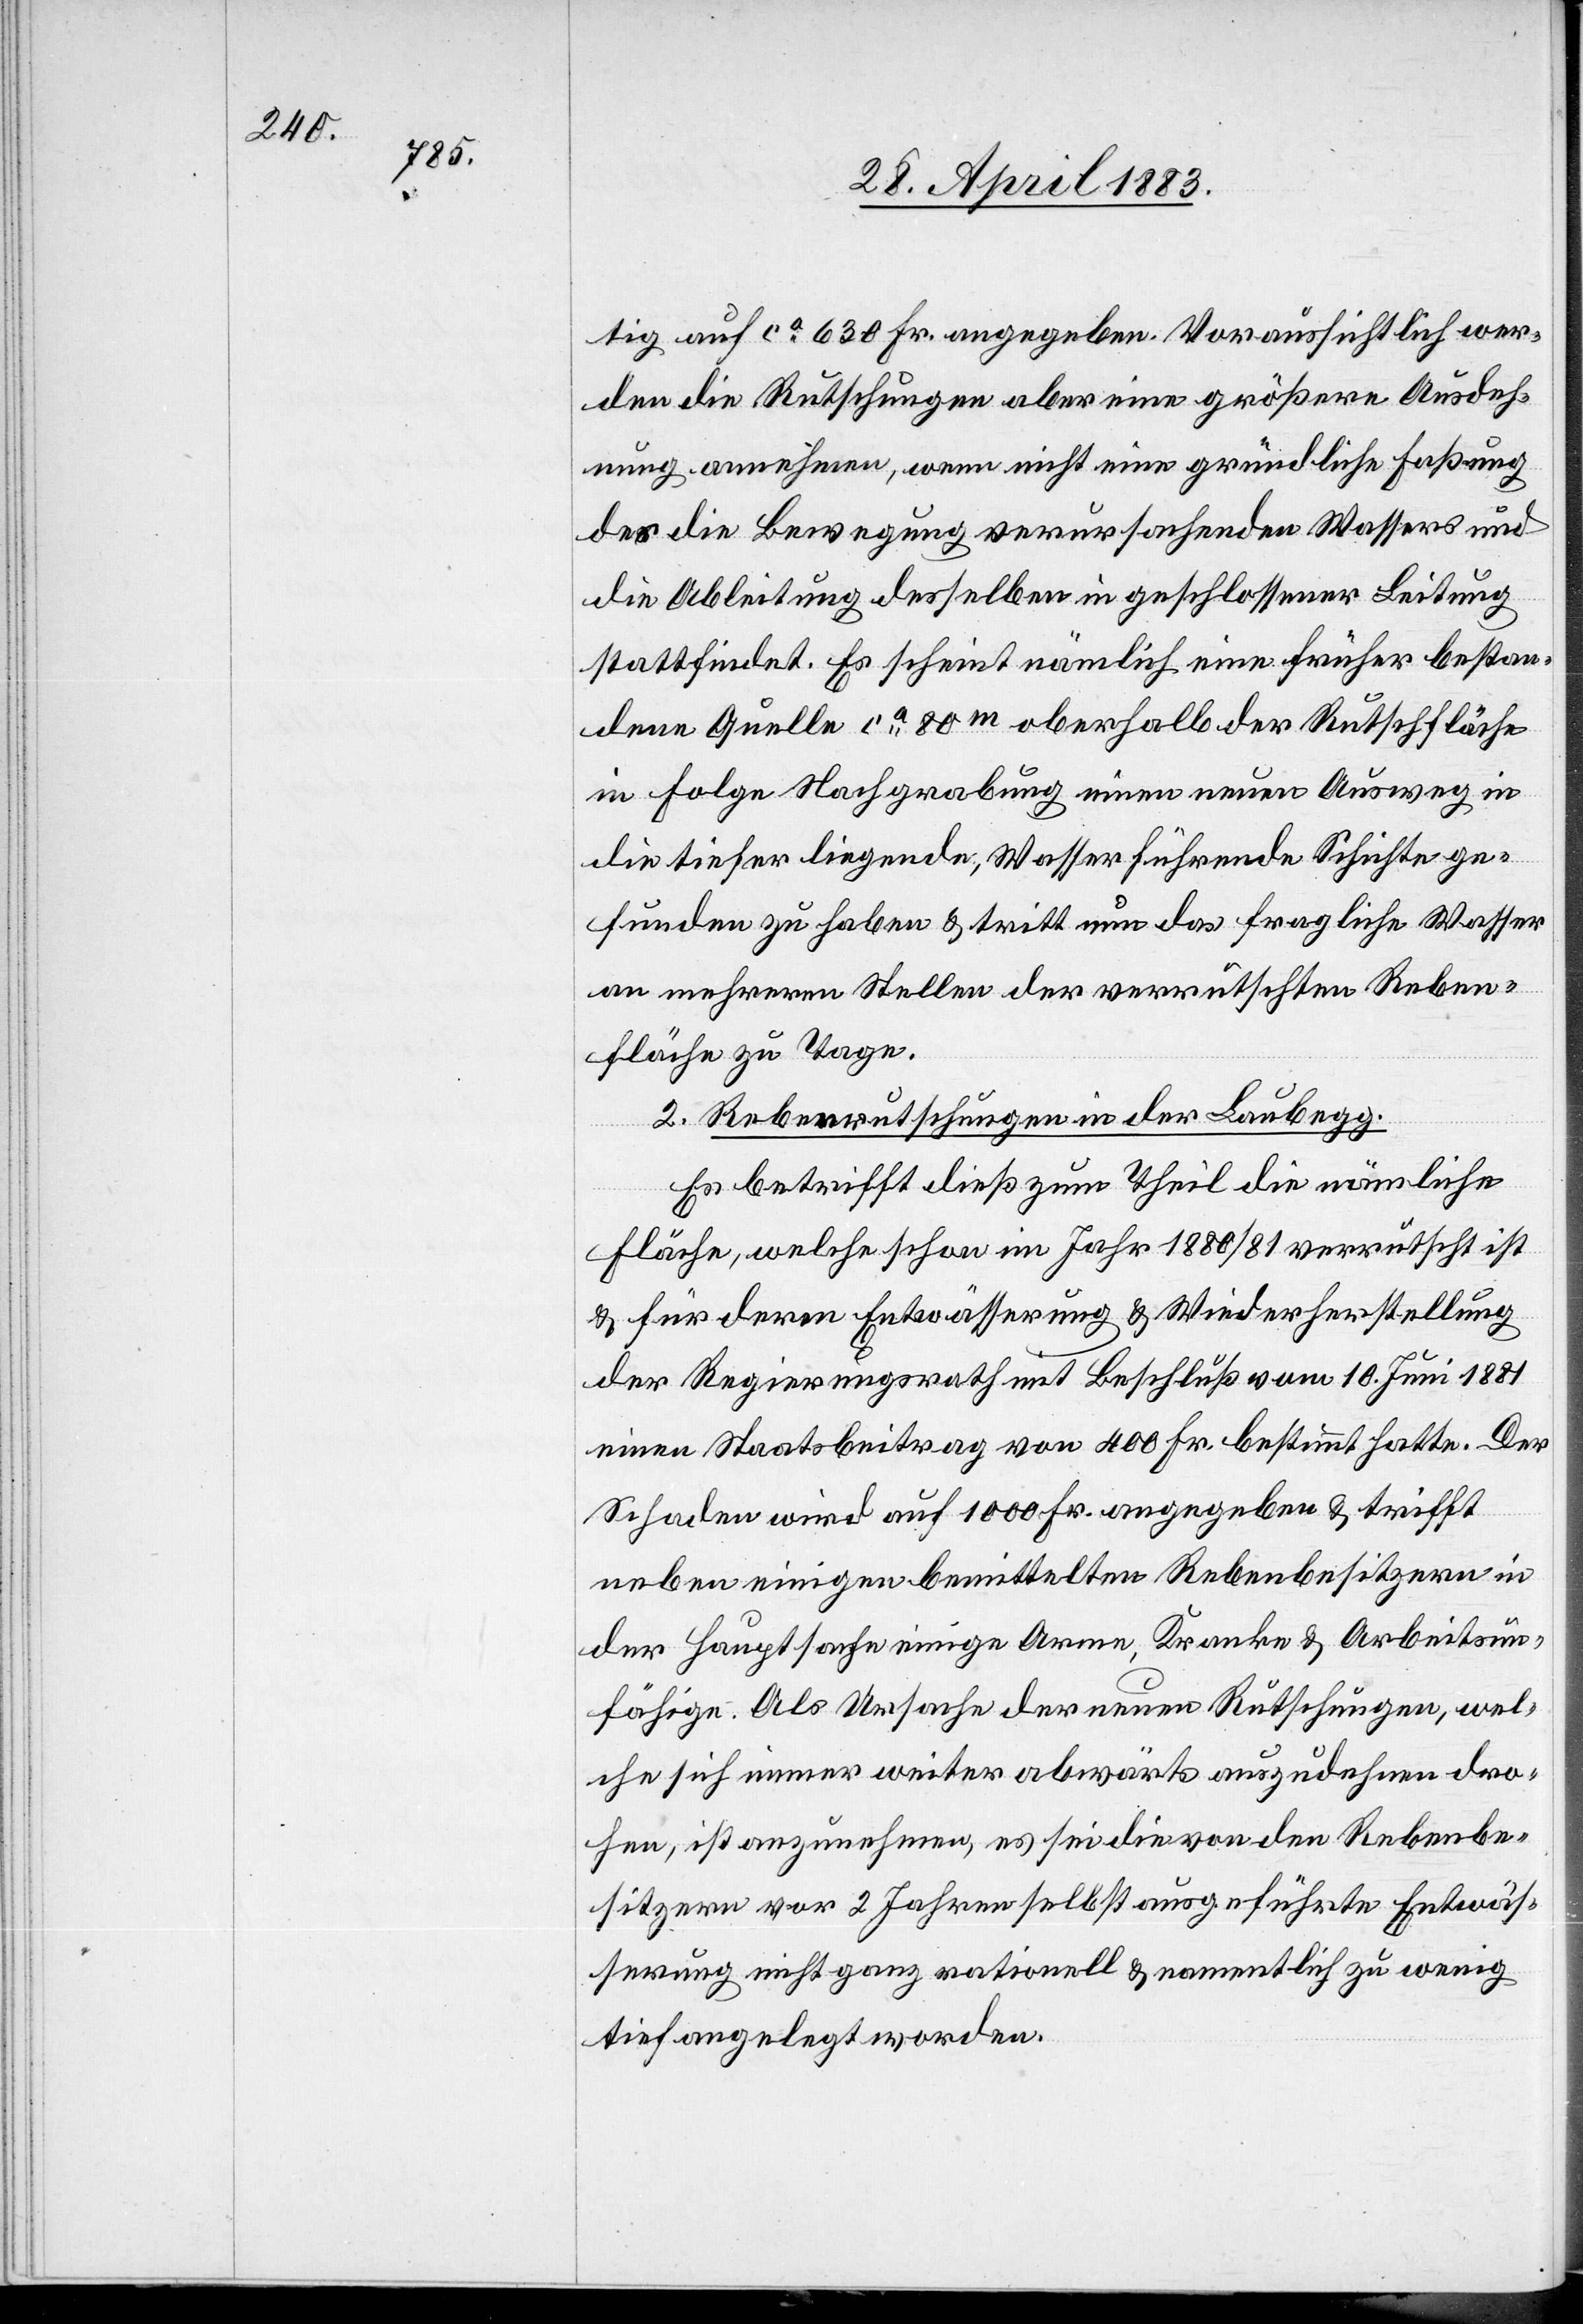
tig auf ca 630 Fr. angegeben. Voraussichtlich wer¬
den die Rutschungen aber eine größere Ausdeh¬
nung annehmen, wenn nicht eine gründliche Fassung
des die Bewegung verursachenden Wassers und
die Ableitung desselben in geschlossener Leistung
stattfindet. Es scheint nämlich eine früher bestan¬
dene Quelle ca 80m oberhalb der Rutschfläche
in Folge Nachgrabung einen neuen Ausweg in
die tiefer liegende, Wasser führende Schichte ge¬
funden zu haben & tritt nun das fragliche Wasser
an mehreren Stellen der verrutschten Reben¬
fläche zu Tage.
2. Rebenrutschungen in der Laubegg.
Es betrifft dieß zum Theil die nämliche
Fläche, welche schon im Jahr 1880/91 verrutscht ist
& für deren Entwässerung & Wiederherstellung
der Regierungsrath mit Beschluß vom 10. Juni 1881
einen Staatsbeitrag von 400 Fr. bestimmt hatte. Der
Schaden wird auf 1000 Fr. angegeben & trifft
neben einigen bemittelten Rebenbesitzern in
der Hauptsache einige Arme, Kranke & Arbeitsun¬
fähige. Als Ursache der neuen Rutschungen, wel¬
che sich immer weiter abwärts auszudehnen dro¬
hen, ist anzunehmen, es sei die von den Rebenbe¬
sitzern vor 2 Jahren selbst ausgeführte Entwäs¬
serung nicht ganz rationell & namentlich zu wenig
tief angelegt worden.